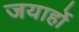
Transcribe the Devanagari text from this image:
जयार्हो